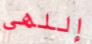
إللهي